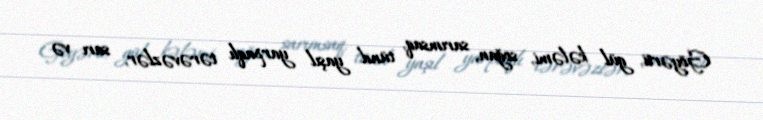
Göyərti, gül kələmi, soğan, sarımsaq, tünd yaşıl yarpaqlı tərəvəzlər, sarı və